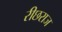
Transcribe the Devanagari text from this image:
रीछराज